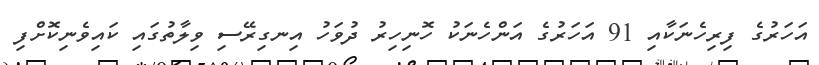
އަހަރުގެ ފިރިހެނަކާއި 91 އަހަރުގެ އަންހެނަކު ހޮނިހިރު ދުވަހު އިނގިރޭސި ވިލާތުގައި ކައިވެނިކޮށްފި